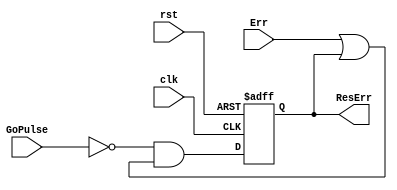
module factorial_err_reg(
    input wire rst,
    input wire clk,
    input wire Err,
    input wire GoPulse,
    output reg ResErr
); 

    always @ (posedge clk, posedge rst) begin
        if(rst) ResErr <= 1'b0;
        else ResErr <= (~GoPulse) & (Err | ResErr);
    end
endmodule